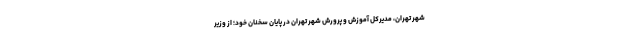
شهر تهران، مدیرکل آموزش و پرورش شهر تهران در پایان سخنان خود؛ از وزیر